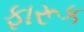
ફારૂક